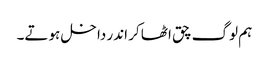
ہم لوگ چق اٹھا کر اندر داخل ہوتے۔